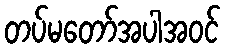
တပ်မတော်အပါအဝင်